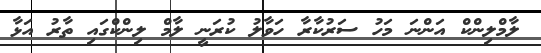
ލާމްލިންކް އަންނަ މަހު ސަރުކާރާ ހަވާލު ކުރަނީ ލާމް ލިންކްގައި ތާރު އަޅާ